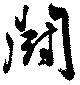
闘